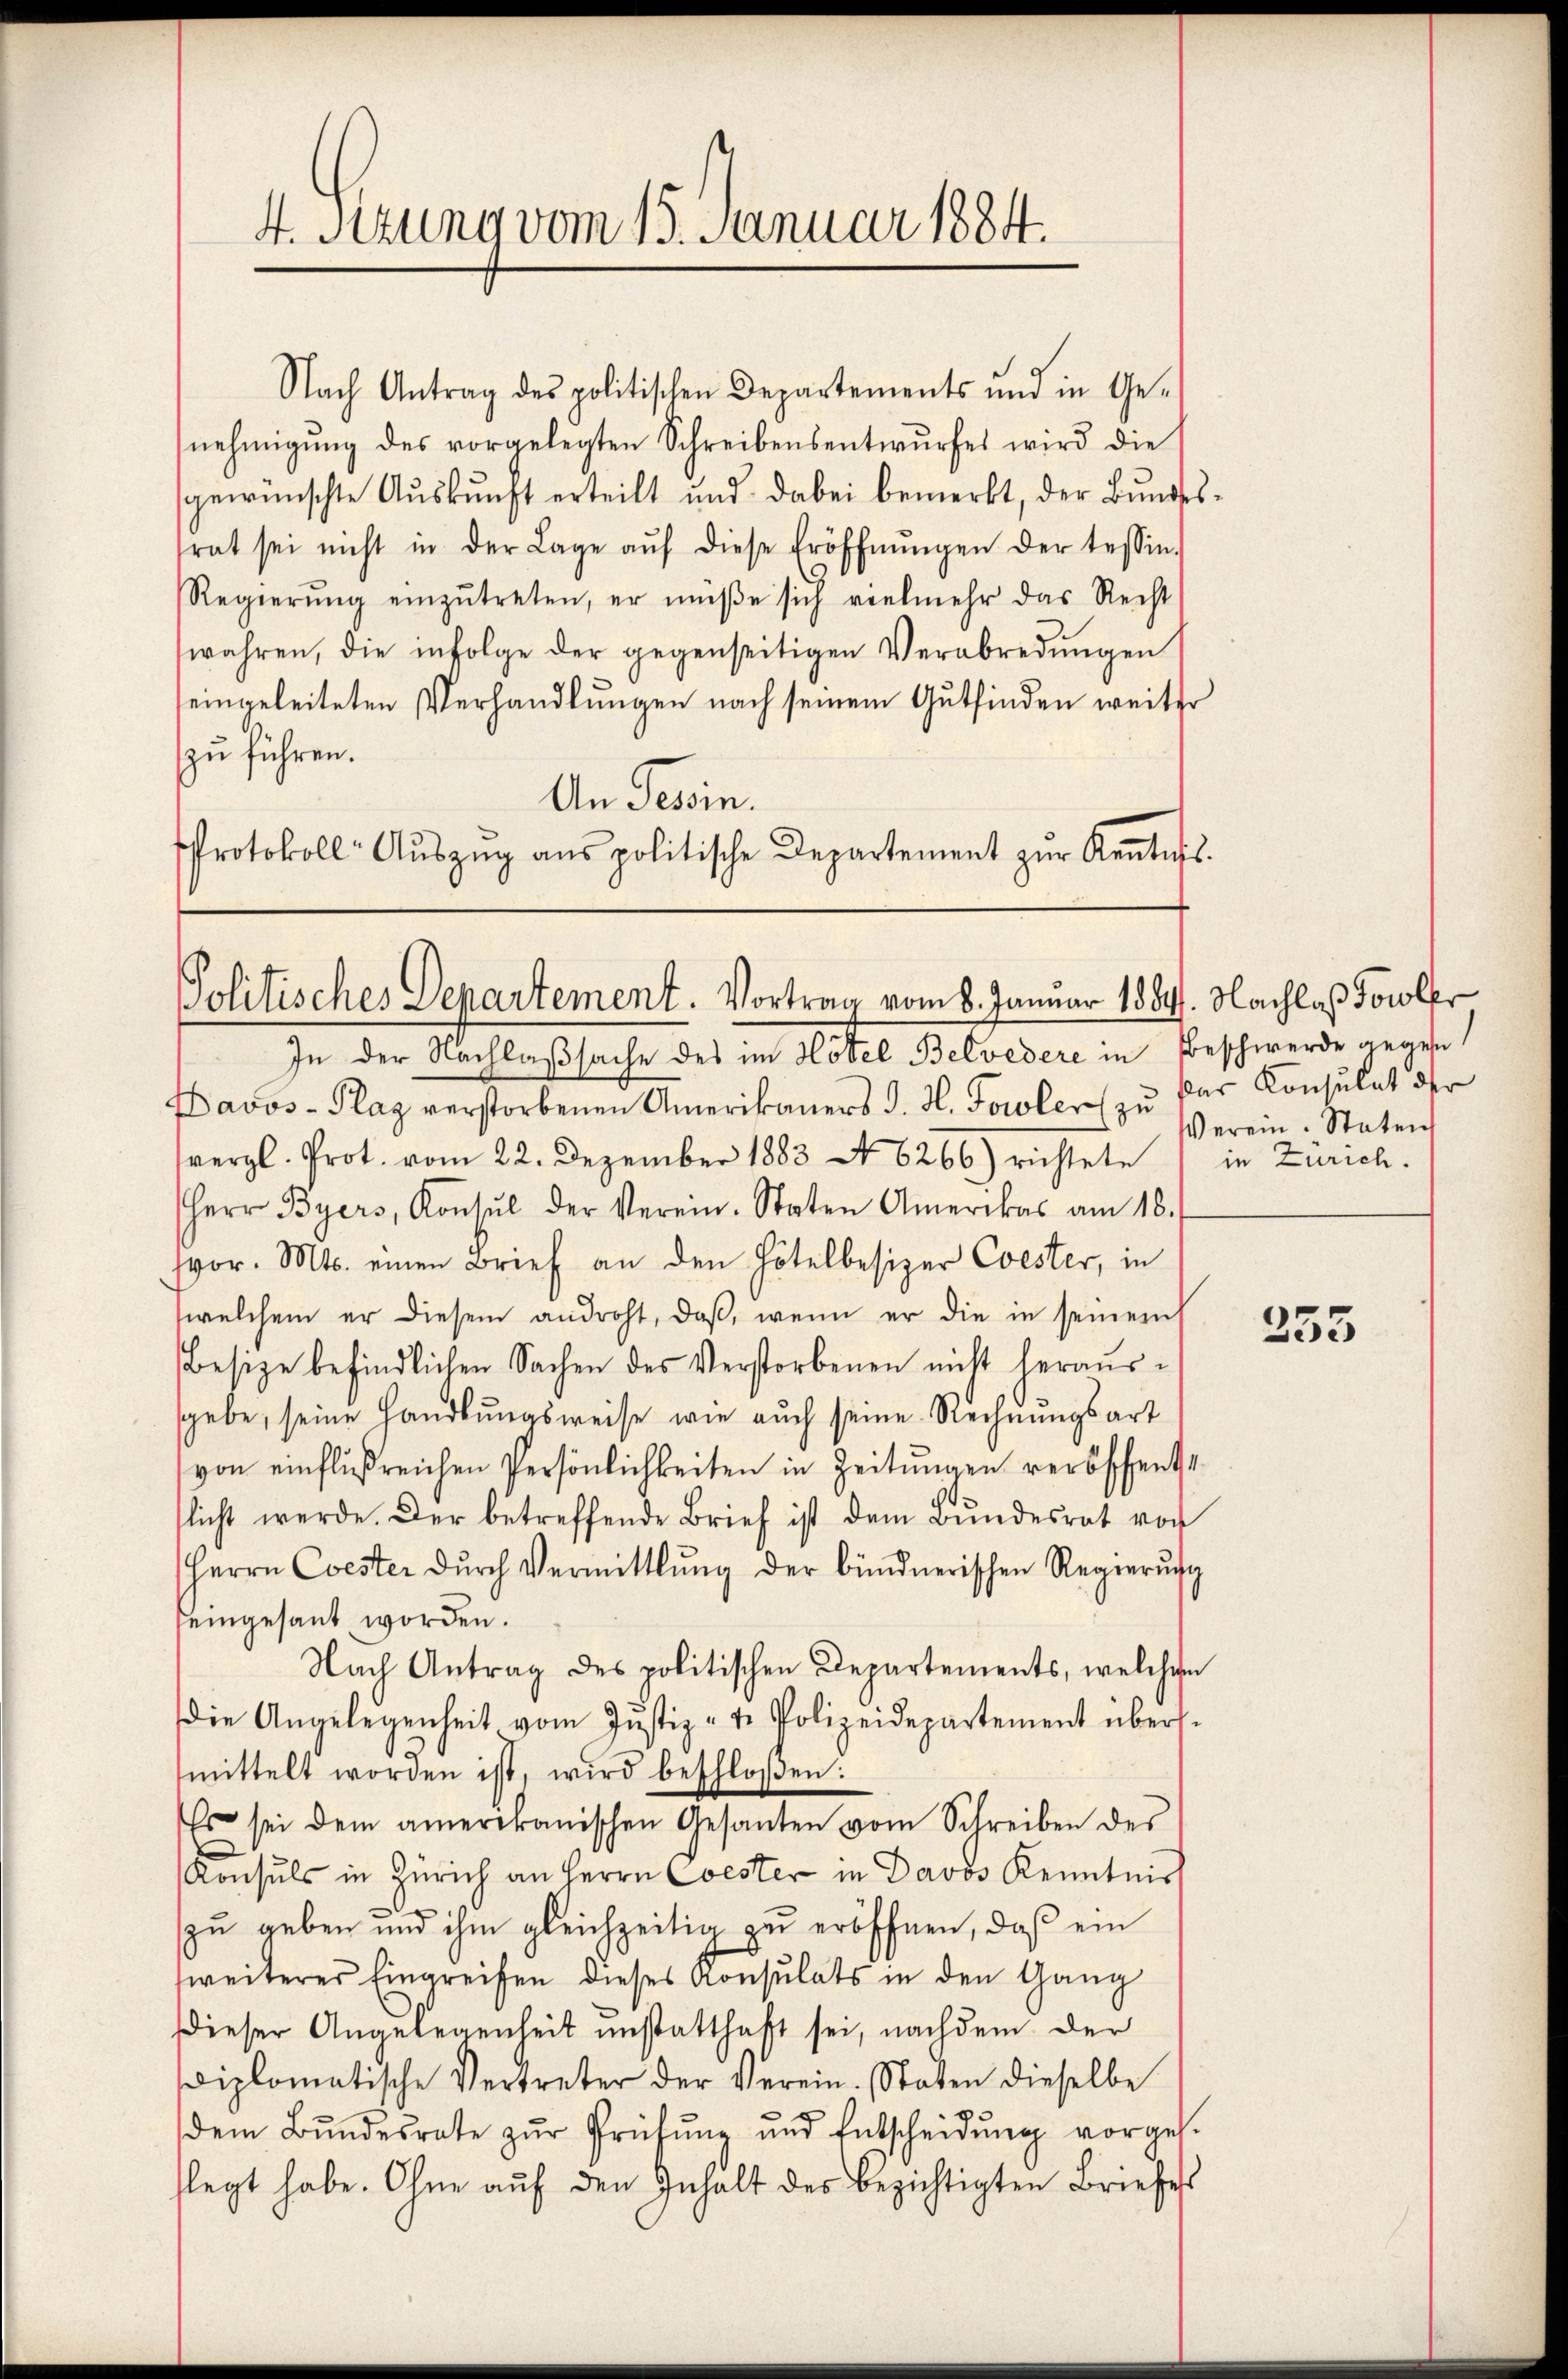
4. Sitzung vom 15. Januar 1884.

Nach Antrag des politischen Departements und in Ge-
nehmigung des vorgelegten Schreibensentwurfes wird die
gewünschte Aŭskŭnft erteilt und dabei bemerkt, der Bŭndes-
rat sei nicht in der Lage aŭf diese Eröffnŭngen der tessin-
Regierŭng einzŭtreten, er müße sich vielmehr das Recht
wahren, die infolge der gegenseitigen Verabredungen
eingeleiteten Verhandlungen nach seinem Gutfinden weiter
zu führen.
An Tessin.
Protokoll- Aŭszŭg ans politische Departement zŭr Kentes.

Politisches Departement. Vortrag vom 8. Januar 1844. Nachlaß Jowler

In der Nachlaßsache des im Hotel Belvedere in Beschwerde gegen
Davos- Plaz verstorbenen Amerikaners J. H. Forcler zu par Konsulat der
vergl. Prot. vom 22. Dezember 1883 No 6266) richtete in Zürich.
Herr Byers, Konsul der Verein. Staten Amerikas am 18.
vor. Mts. einen Brief an den Hotelbesizer Coester, in
welchem er diesem androht, daβ, wenn er die in seinem
Besize befindlichen Sachen des Verstorbenen nicht heraussgebe, seine Handlungsweise wie auch seine Rechnungsart
von einflußreichen Persönlichkeiten in Zeitungen verbschent
flicht werde. Der betreffende Brief ist dem Bŭndesrat vor
Herrn Coester dŭrch Vermittlung der bündnerischen Regierŭng
seingesant worden.
Nach Antrag des politischen Departements, welchen
die Angelegenheit vom Jŭstiz- & Polizeidepartement übers
mittelt worden ist, wird beschloßen:
Es sei dem amerikanischen Gesanten vom Schreiben des
Konsuls in Zürich an Herrn Coester in Davos Kenntniss
zu geben und ihm gleichzeitig zu eröffnen, daß ein
weiteres Eingreifen dieses Konsulats in den Gang
Dieser Angelegenheit unstatthaft sei, nachdem der
iplomatische Vertreter der Verein. Staten dieselbe
dem Bŭndesrate zŭr Prüfŭng und Entscheidŭng vorges.
flegt habe. Ohne aŭf den Inhalt des bezichtigten Briefes

Verein Staten

255